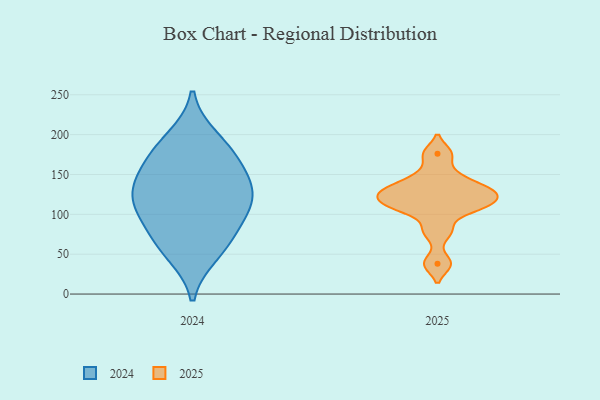
{"axis": {"x": "Waste Production (Tons)", "y": "Value"}, "legend": ["2024", "2025"], "data": [{"x": "", "y": 112, "type": "2025"}, {"x": "", "y": 130, "type": "2025"}, {"x": "", "y": 38, "type": "2025"}, {"x": "", "y": 131, "type": "2025"}, {"x": "", "y": 128, "type": "2025"}, {"x": "", "y": 114, "type": "2025"}, {"x": "", "y": 176, "type": "2025"}, {"x": "", "y": 149, "type": "2025"}, {"x": "", "y": 79, "type": "2025"}, {"x": "", "y": 107, "type": "2025"}, {"x": "", "y": 133, "type": "2024"}, {"x": "", "y": 104, "type": "2024"}, {"x": "", "y": 146, "type": "2024"}, {"x": "", "y": 111, "type": "2024"}, {"x": "", "y": 77, "type": "2024"}, {"x": "", "y": 51, "type": "2024"}, {"x": "", "y": 195, "type": "2024"}, {"x": "", "y": 62, "type": "2024"}, {"x": "", "y": 173, "type": "2024"}, {"x": "", "y": 113, "type": "2024"}, {"x": "", "y": 136, "type": "2024"}, {"x": "", "y": 177, "type": "2024"}]}